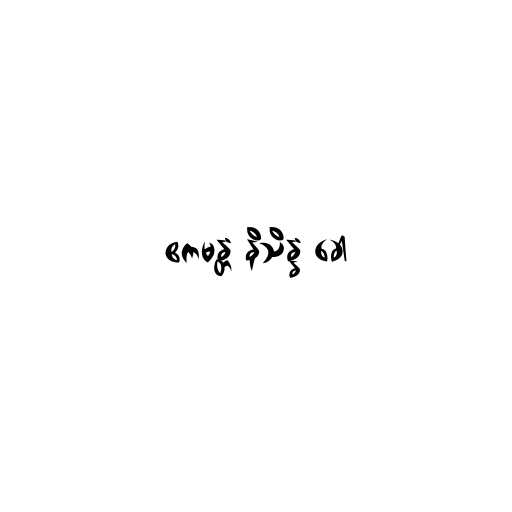
ဧကမန္တံ နိသိန္နံ ခေါ